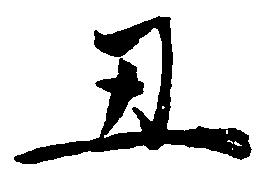
丑